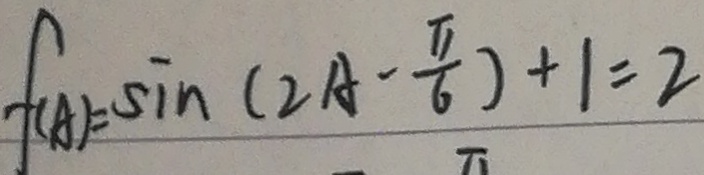
f ( A ) = \sin ( 2 A - \frac { \pi } { 6 } ) + 1 = 2